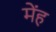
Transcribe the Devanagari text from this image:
मेंह